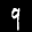
Label: 9